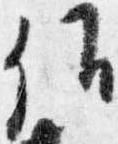
候